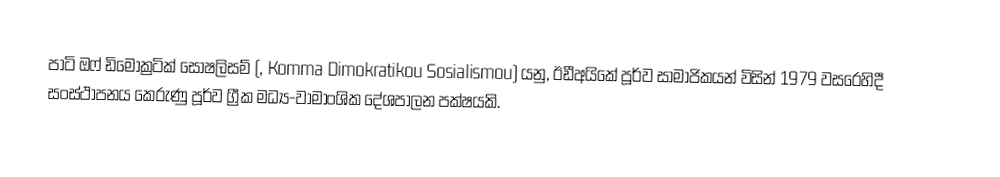
පාටි ඔෆ් ඩිමොක්‍රටික් සෝෂලිසම් (, Komma Dimokratikou Sosialismou) යනු,  ඊඩීඅයිකේ පූර්ව සාමාජිකයන් විසින් 1979 වසරෙහිදී සංස්ථාපනය කෙරුණු පූර්ව ග්‍රීක මධ්‍ය-වාමාංශික දේශපාලන පක්ෂයකි.